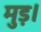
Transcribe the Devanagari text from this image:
मुड़।